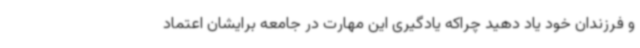
و فرزندان خود یاد دهید چراکه یادگیری این مهارت در جامعه برایشان اعتماد